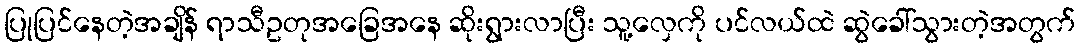
ပြုပြင်နေတဲ့အချိန် ရာသီဥတုအခြေအနေ ဆိုးရွားလာပြီး သူ့လှေကို ပင်လယ်ထဲ ဆွဲခေါ်သွားတဲ့အတွက်